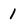
Character: 1